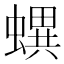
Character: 𧑌